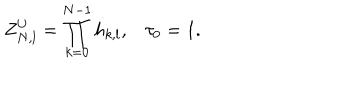
Z _ { N , l } ^ { U } = \prod _ { k = 0 } ^ { N - 1 } h _ { k , l } , \tau _ { 0 } = 1 .